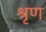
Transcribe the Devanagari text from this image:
श्रृण